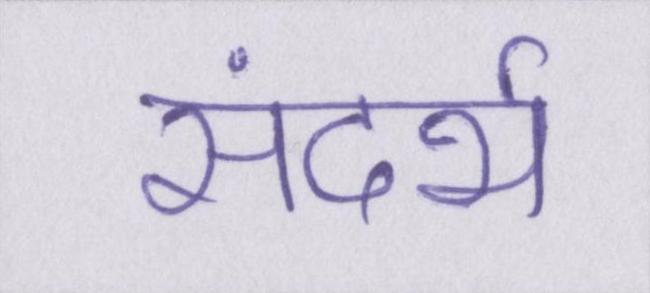
संदर्भ